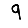
Digit: 9